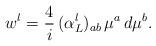
LaTeX: \begin{align*}w^l = \frac{4}{i} \, (\alpha_L^l)_{ab} \, \mu^a \, d \mu^b.\end{align*}